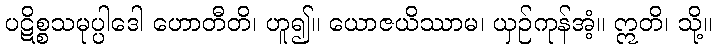
ပဋိစ္စသမုပ္ပါဒေါ ဟောတီတိ၊ ဟူ၍။ ယောဇယိဿာမ၊ ယှဉ်ကုန်အံ့။ ဣတိ၊ သို့။